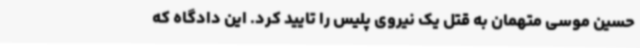
حسین موسی متهمان به قتل یک نیروی پلیس را تایید کرد. این دادگاه که